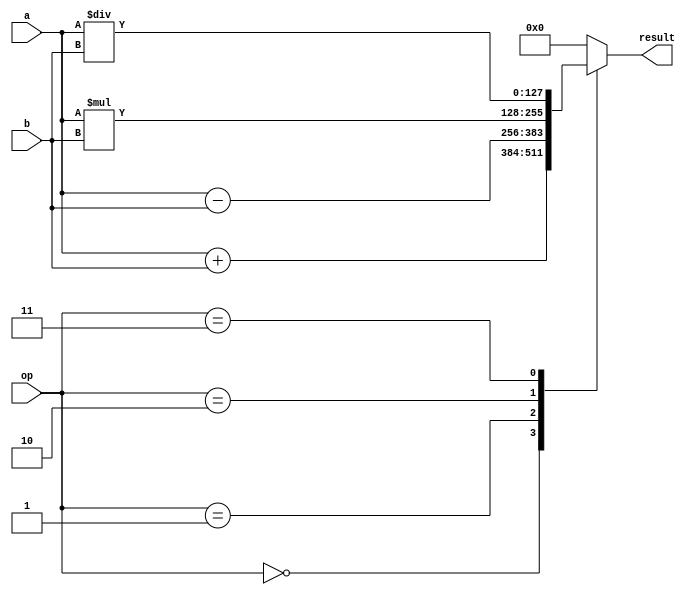
module quadruple_precision_fpu (
    input wire [127:0] a,
    input wire [127:0] b,
    input wire [2:0] op, // 0: addition, 1: subtraction, 2: multiplication, 3: division
    output reg [127:0] result
);

always @(*) begin
    case(op)
        3'b000: result = a + b; // addition
        3'b001: result = a - b; // subtraction
        3'b010: result = a * b; // multiplication
        3'b011: result = a / b; // division
        default: result = 128'h0; // default value
    endcase
end

endmodule